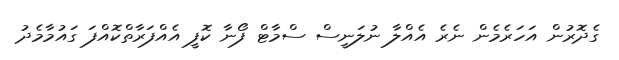
ގެދޮރުން އަހަރެމެން ނެރެ އެއްލާ ނުލަނީސް ސްމާޓް ފޯނާ ކޮފީ އެއްފަރާތްކޮއްފަ ގައުމާމެދު